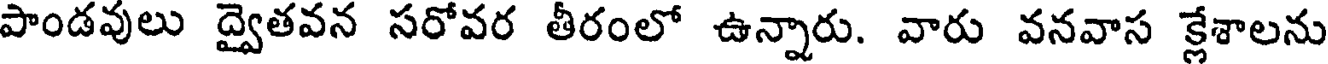
పాండవులు ద్వైతవన సరోవర తీరంలో ఉన్నారు. వారు వనవాస క్లేశాలను